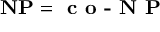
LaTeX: \mathbf { N P } = { \textbf { c o - N P } }